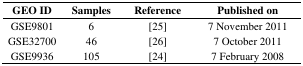
| GEO ID | Samples | Reference | Published on |
 | --- | --- | --- | --- |
 | GSE9801 | 6 | [25] | 7 November 2011 |
 | GSE32700 | 46 | [26] | 7 October 2011 |
 | GSE9936 | 105 | [24] | 7 February 2008 |